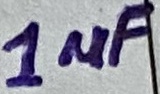
Text: 1µF